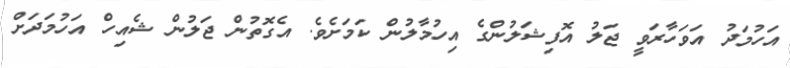
އަހުމަދު އަވަހާރަވީ ޖަލު އޮފިޝަލުންގެ އިހުމާލުން ކަމަށެވެ. އެގޮތުން ޖަލުން ޝެއިހް އަހުމަދަށް